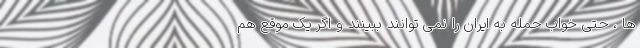
ها ، حتی خواب حمله به ایران را نمی توانند ببینند و اگر یک موقع هم